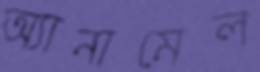
অ্যানামেল